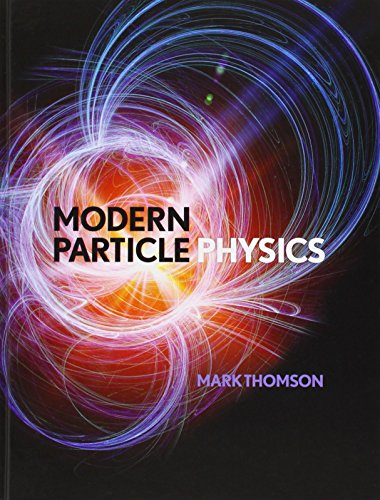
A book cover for Modern Particle Physics; Mark Thomson; Science & Math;